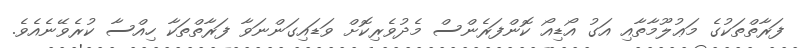
ފަރާތްތަކުގެ މަޢުލޫމާތާއި އަގު އޯޑިއޯ ކޮންފަރެންސް މެދުވެރިކޮށް ވަޑައިގަންނަވާ ފަރާތްތަކާ ހިއްސާ ކުރެވޭނެއެވެ.